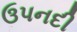
ઉપનદી